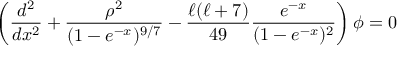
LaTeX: \left( { \frac { d ^ { 2 } } { d x ^ { 2 } } } + { \frac { \rho ^ { 2 } } { ( 1 - e ^ { - x } ) ^ { 9 / 7 } } } - { \frac { \ell ( \ell + 7 ) } { 4 9 } } { \frac { e ^ { - x } } { ( 1 - e ^ { - x } ) ^ { 2 } } } \right) \phi = 0